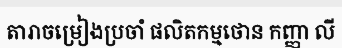
តារាចម្រៀងប្រចាំ ផលិតកម្មថោន កញ្ញា លី